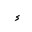
Letter: _hamza